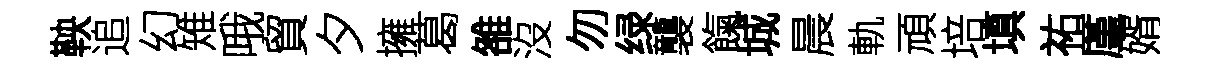
鞅追幻雉哦貿夕擁葛雒沒勿绿襲餼城晨軌頑培填祐厪婿